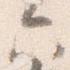
六